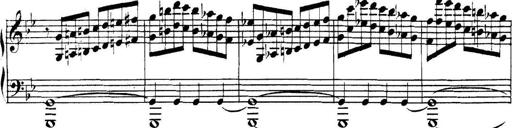
Title: Collected Piano Sonatas
Composer: Muzio Clementi